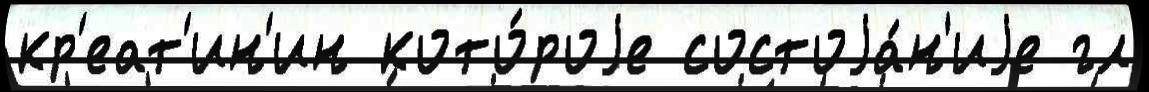
кр'еат'ин'ин кото́роjе состоjа́н'иjе гл